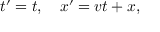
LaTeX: t ^ { \prime } = t , \quad x ^ { \prime } = v t + x ,